Indian journal of veterinary science and animal husbandry - Volumes 28-29, 1958-1959
Year: 1958
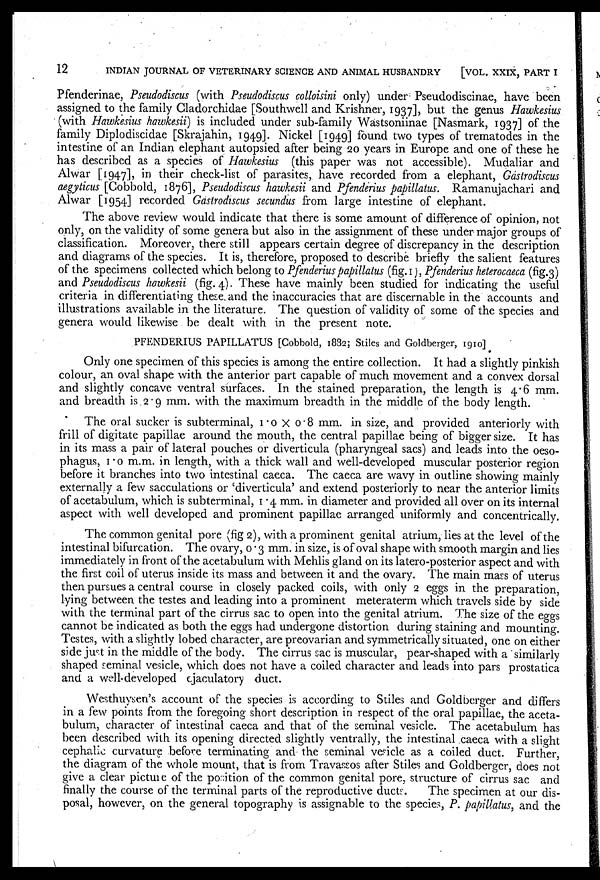
12
INDIAN JOURNAL OF VETERINARY SCIENCE AND ANIMAL HUSBANDRY
[VOL. XXIX, PART I
Pfenderinae, Pseudodiscus (with Pseudodiscus colloisini only) under Pseudodiscinae, have been
assigned to the family Cladorchidae [Southwell and Krishner, 1937], but the genus Hawkesius
(with Hawkesius hawkesii) is included under sub-family Wastsoniinae [Nasmark, 1937] of the
family Diplodiscidae [Skrajahin, 1949]. Nickel [1949] found two types of trematodes in the
intestine of an Indian elephant autopsied after being 20 years in Europe and one of these he
has described as a species of Hawkesius (this paper was not accessible). Mudaliar and
Alwar [1947], in their check-list of parasites, have recorded from a elephant, Gastrodiscus
aegyticus [Cobbold, 1876], Pseudodiscus hawkesii and Pfenderius papillatus. Ramanujachari and
Alwar [1954] recorded Gastrodiscus secundus from large intestine of elephant.
The above review would indicate that there is some amount of difference of opinion, not
only, on the validity of some genera but also in the assignment of these under major groups of
classification. Moreover, there still appears certain degree of discrepancy in the description
and diagrams of the species. It is, therefore, proposed to describe briefly the salient features
of the specimens collected which belong to Pfenderius papillatus (fig. 1), Pfenderius heterocaeca (fig.3)
and Pseudodiscus hawkesii (fig. 4). These have mainly been studied for indicating the useful
criteria in differentiating these and the inaccuracies that are discernable in the accounts and
illustrations available in the literature. The question of validity of some of the species and
genera would likewise be dealt with in the present note.
PFENDERIUS PAPILLATUS [Cobbold, 1882; Stiles and Goldberger, 1910]
Only one specimen of this species is among the entire collection. It had a slightly pinkish
colour, an oval shape with the anterior part capable of much movement and a convex dorsal
and slightly concave ventral surfaces. In the stained preparation, the length is 4.6 mm.
and breadth is 2.9 mm. with the maximum breadth in the middle of the body length.
The oral sucker is subterminal, 1.0 × 0.8 mm. in size, and provided anteriorly with
frill of digitate papillae around the mouth, the central papillae being of bigger size. It has
in its mass a pair of lateral pouches or diverticula (pharyngeal sacs) and leads into the oeso-
phagus, 1.0 m.m. in length, with a thick wall and well-developed muscular posterior region
before it branches into two intestinal caeca. The caeca are wavy in outline showing mainly
externally a few sacculations or 'diverticula' and extend posteriorly to near the anterior limits
of acetabulum, which is subterminal, 1.4 mm. in diameter and provided all over on its internal
aspect with well developed and prominent papillae arranged uniformly and concentrically.
The common genital pore (fig 2), with a prominent genital atrium, lies at the level of the
intestinal bifurcation. The ovary, 0.3 mm. in size, is of oval shape with smooth margin and lies
immediately in front of the acetabulum with Mehlis gland on its latero-posterior aspect and with
the first coil of uterus inside its mass and between it and the ovary. The main mass of uterus
then pursues a central course in closely packed coils, with only 2 eggs in the preparation,
lying between the testes and leading into a prominent meteraterm which travels side by side
with the terminal part of the cirrus sac to open into the genital atrium. The size of the eggs
cannot be indicated as both the eggs had undergone distortion during staining and mounting.
Testes, with a slightly lobed character, are preovarian and symmetrically situated, one on either
side just in the middle of the body. The cirrus sac is muscular, pear-shaped with a similarly
shaped seminal vesicle, which does not have a coiled character and leads into pars prostatica
and a well-developed ejaculatory duct.
Westhuysen's account of the species is according to Stiles and Goldberger and differs
in a few points from the foregoing short description in respect of the oral papillae, the aceta-
bulum, character of intestinal caeca and that of the seminal vesicle. The acetabulum has
been described with its opening directed slightly ventrally, the intestinal caeca with a slight
cephalic curvature before terminating and the seminal vesicle as a coiled duct. Further,
the diagram of the whole mount, that is from Travassos after Stiles and Goldberger, does not
give a clear picture of the position of the common genital pore, structure of cirrus sac and
finally the course of the terminal parts of the reproductive ducts.
The specimen at our dis-
posal, however, on the general topography is assignable to the species, P. papillatus, and the